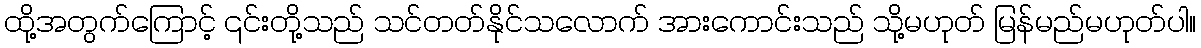
ထို့အတွက်ကြောင့် ၎င်းတို့သည် သင်တတ်နိုင်သလောက် အားကောင်းသည် သို့မဟုတ် မြန်မည်မဟုတ်ပါ။